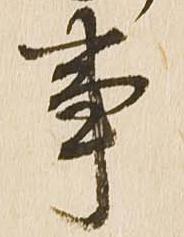
事